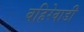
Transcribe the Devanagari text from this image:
बहिरेवाडी